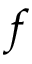
f